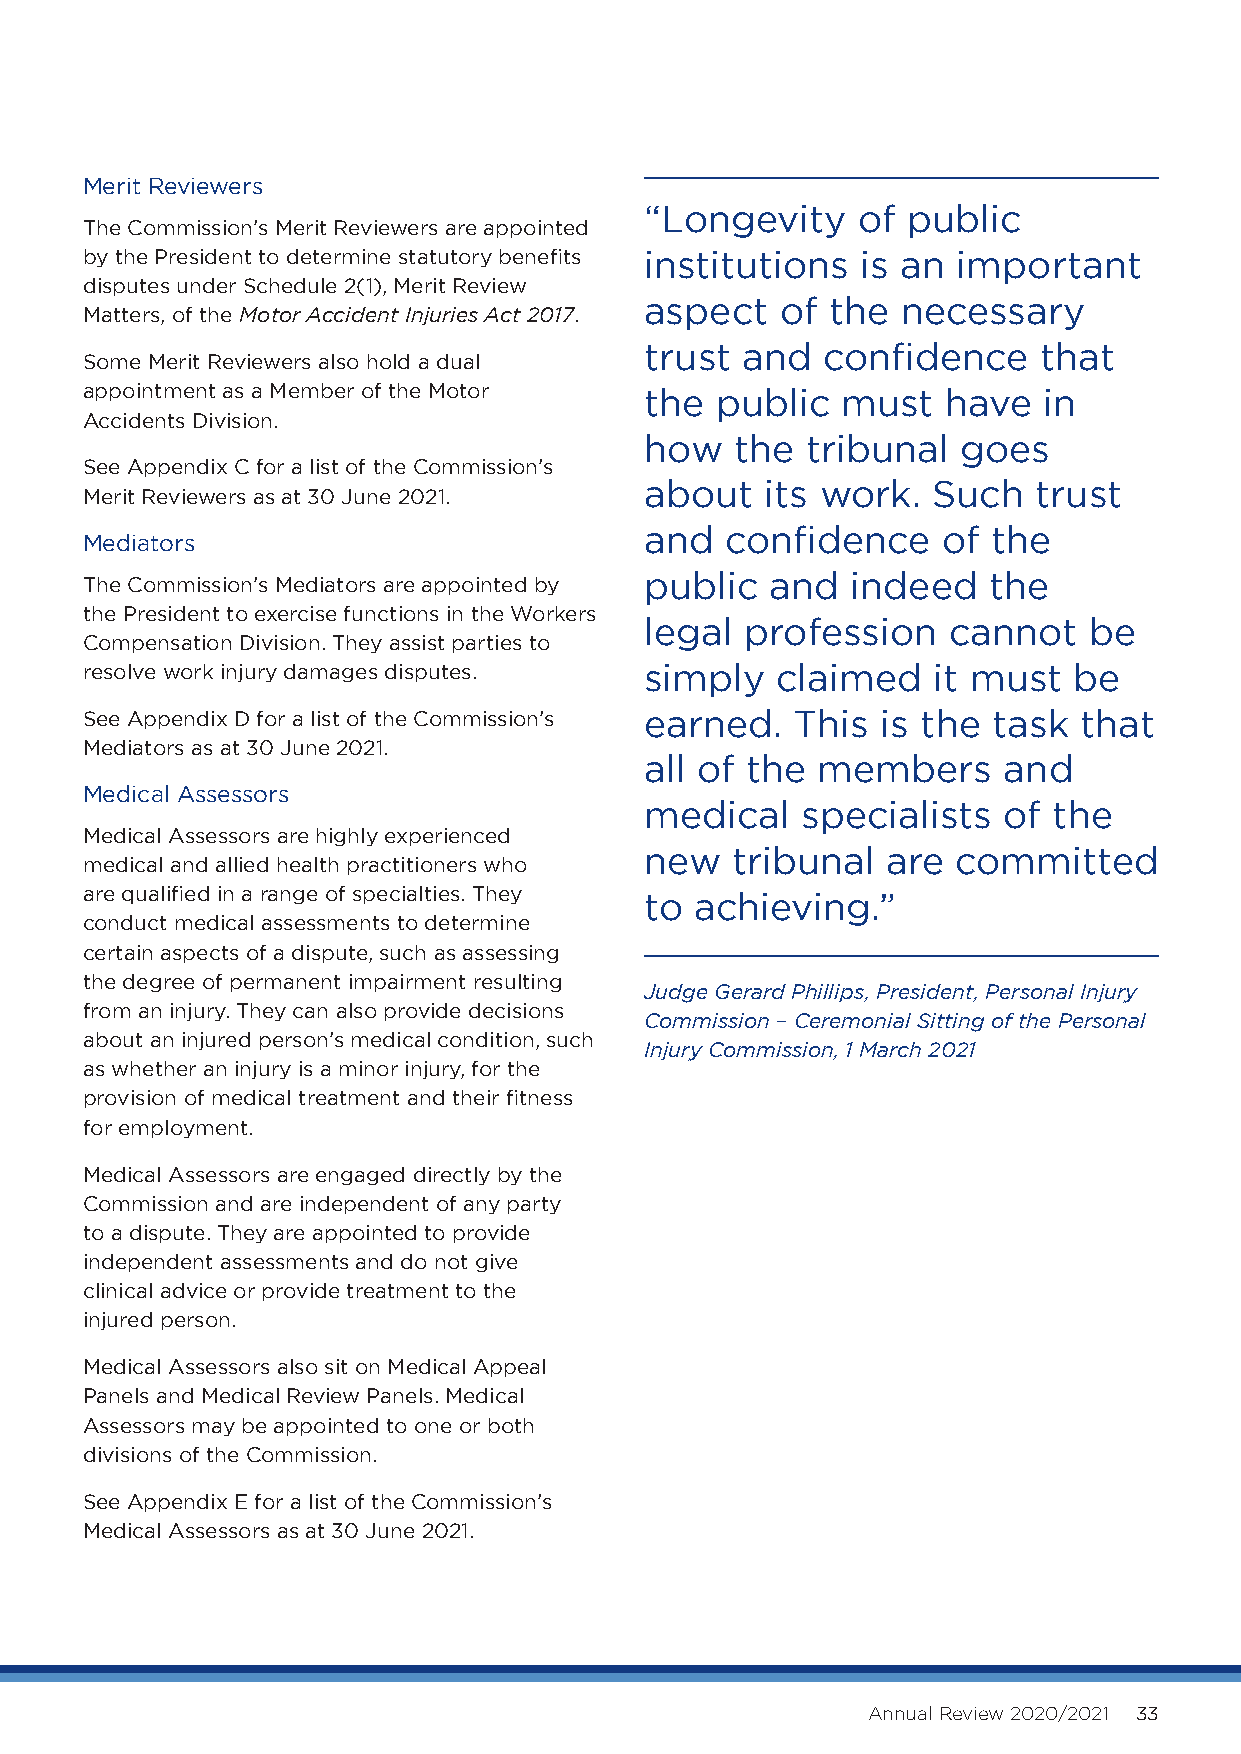
Merit Reviewers
 “Longevity    of public
 The Commission’s Merit Reviewers are appointed
 by the President to determine statutory benefits institutions is an important
 disputes under Schedule 2(1), Merit Review
 aspect   of the  necessary
 Matters, of the Motor Accident Injuries Act 2017.
 trust and  confidence     that
 Some Merit Reviewers also hold a dual
 appointment as a Member of the Motor  the public   must   have  in
 Accidents Division.
 how   the tribunal   goes
 See Appendix C for a list of the Commission’s
 about   its work.  Such  trust
 Merit Reviewers as at 30 June 2021.
 and  confidence    of  the
 Mediators
 public  and  indeed   the
 The Commission’s Mediators are appointed by
 the President to exercise functions in the Workers
 legal profession    cannot   be
 Compensation Division. They assist parties to
 resolve work injury damages disputes. simply  claimed    it must  be
 See Appendix D for a list of the Commission’s earned. This is the task that
 Mediators as at 30 June 2021.
 all of the members     and
 Medical Assessors
 medical   specialists  of  the
 Medical Assessors are highly experienced
 new  tribunal   are committed
 medical and allied health practitioners who
 are qualified in a range of specialties. They to achieving.”
 conduct medical assessments to determine
 certain aspects of a dispute, such as assessing
 the degree of permanent impairment resulting
 Judge Gerard Phillips, President, Personal Injury
 from an injury. They can also provide decisions
 Commission – Ceremonial Sitting of the Personal
 about an injured person’s medical condition, such
 Injury Commission, 1 March 2021
 as whether an injury is a minor injury, for the
 provision of medical treatment and their fitness
 for employment.
 Medical Assessors are engaged directly by the
 Commission and are independent of any party
 to a dispute. They are appointed to provide
 independent assessments and do not give
 clinical advice or provide treatment to the
 injured person.
 Medical Assessors also sit on Medical Appeal
 Panels and Medical Review Panels. Medical
 Assessors may be appointed to one or both
 divisions of the Commission.
 See Appendix E for a list of the Commission’s
 Medical Assessors as at 30 June 2021.
 Annual Review 2020/2021 33